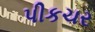
પીકચર